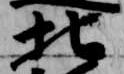
北